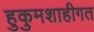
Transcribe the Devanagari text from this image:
हुकुमशाहीगत